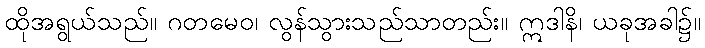
ထိုအရွယ်သည်။ ဂတမေဝ၊ လွန်သွားသည်သာတည်း။ ဣဒါနိ၊ ယခုအခါ၌။